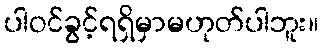
ပါဝင်ခွင့်ရရှိမှာမဟုတ်ပါဘူး။